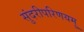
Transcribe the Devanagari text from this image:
सुंदरीपरिणयमु